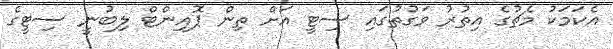
އެކަމަކު މެޗުގެ އިތުރު ވަގުތުގައި ސިޓީ އަށް ތިން ޕޮއިންޓް ލިބުނީ ސިޓީގެ